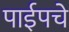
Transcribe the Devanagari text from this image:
पाईपचे